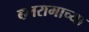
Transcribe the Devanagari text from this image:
बलरामाच्या